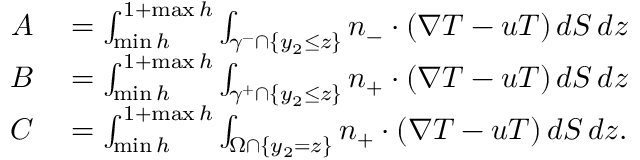
\begin{array} { r l } { A } & { { } = \int _ { \operatorname* { m i n } h } ^ { 1 + \operatorname* { m a x } h } \int _ { \gamma ^ { - } \cap \{ y _ { 2 } \leq z \} } n _ { - } \cdot ( \nabla T - u T ) \, d S \, d z } \\ { B } & { { } = \int _ { \operatorname* { m i n } h } ^ { 1 + \operatorname* { m a x } h } \int _ { \gamma ^ { + } \cap \{ y _ { 2 } \leq z \} } n _ { + } \cdot ( \nabla T - u T ) \, d S \, d z } \\ { C } & { { } = \int _ { \operatorname* { m i n } h } ^ { 1 + \operatorname* { m a x } h } \int _ { \Omega \cap \{ y _ { 2 } = z \} } n _ { + } \cdot ( \nabla T - u T ) \, d S \, d z . } \end{array}